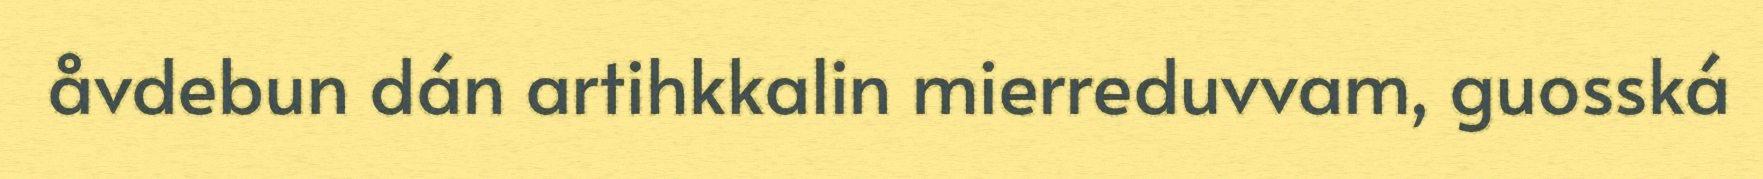
åvdebun dán artihkkalin mierreduvvam, guosská